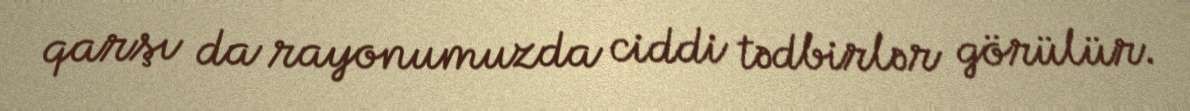
qarşı da rayonumuzda ciddi tədbirlər görülür.